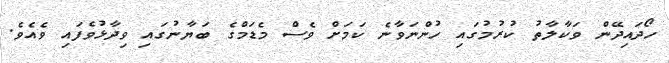
ހޯދައިދޭން ވަކާލާތު ކުރުމުގައި ހުންނަވާނެ ކަމަށް ވެސް މެޑަމްގެ ބަޔާނުގައި ވިދާޅުވެފައި ވެއެވެ.